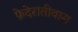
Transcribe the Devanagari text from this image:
फ़ेदेरातीवास